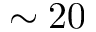
\sim 2 0